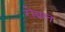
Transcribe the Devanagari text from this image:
रोबल